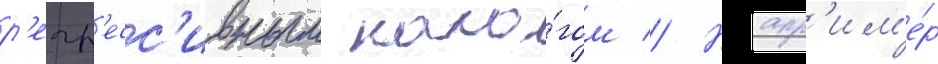
р'егр'есс'ивным нало́гом // Напр'им'е́р